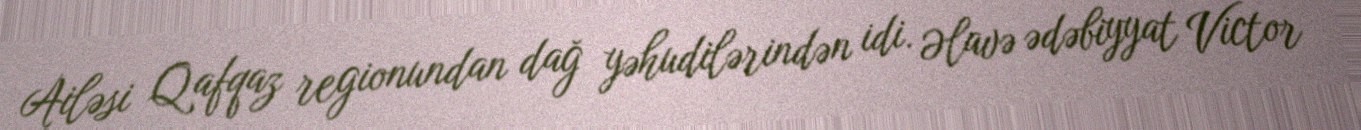
Ailəsi Qafqaz regionundan dağ yəhudilərindən idi. Əlavə ədəbiyyat Victor